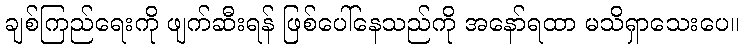
ချစ်ကြည်ရေးကို ဖျက်ဆီးရန် ဖြစ်ပေါ်နေသည်ကို အနော်ရထာ မသိရှာသေးပေ။